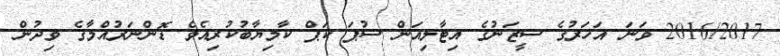
2016/2017 ވަނަ އަހަރުގެ ސީޒަނުގެ އިޓާލިއަން ސުޕަ ކަޕް ކާމިޔާބުކުރިއެވެ ޑޮންނަރުއްމާގެ ވިދުން